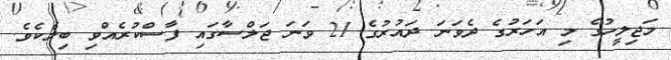
މަޖިލީހުގެ މި އަހަރުގެ ދެވަނަ ދައުރުގެ 21 ވަނަ ޖަލްސާގައި ފާސްކުރެއްވި ބިލެކެވެ.